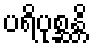
ပရိပုစ္ဆန္တိ